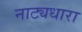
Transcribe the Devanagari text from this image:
नाट्यधारा